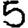
Digit: 5